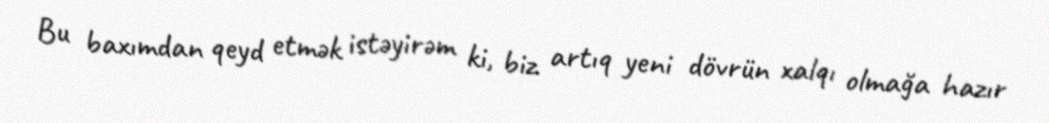
Bu baxımdan qeyd etmək istəyirəm ki, biz artıq yeni dövrün xalqı olmağa hazır